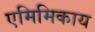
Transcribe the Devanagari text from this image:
एमिमिकाय